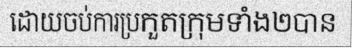
ដោយចប់ការប្រកួតក្រុមទាំង២បាន